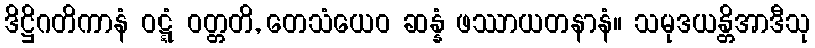
ဒိဋ္ဌိဂတိကာနံ ဝဋ္ဋံ ဝတ္တတိ, တေသံယေဝ ဆန္နံ ဖဿာယတနာနံ။ သမုဒယန္တိအာဒီသု